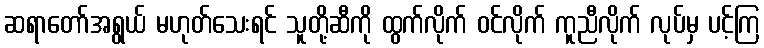
ဆရာတော်အရွယ် မဟုတ်သေးရင် သူတို့ဆီကို ထွက်လိုက် ဝင်လိုက် ကူညီလိုက် လုပ်မှ ပင့်ကြ